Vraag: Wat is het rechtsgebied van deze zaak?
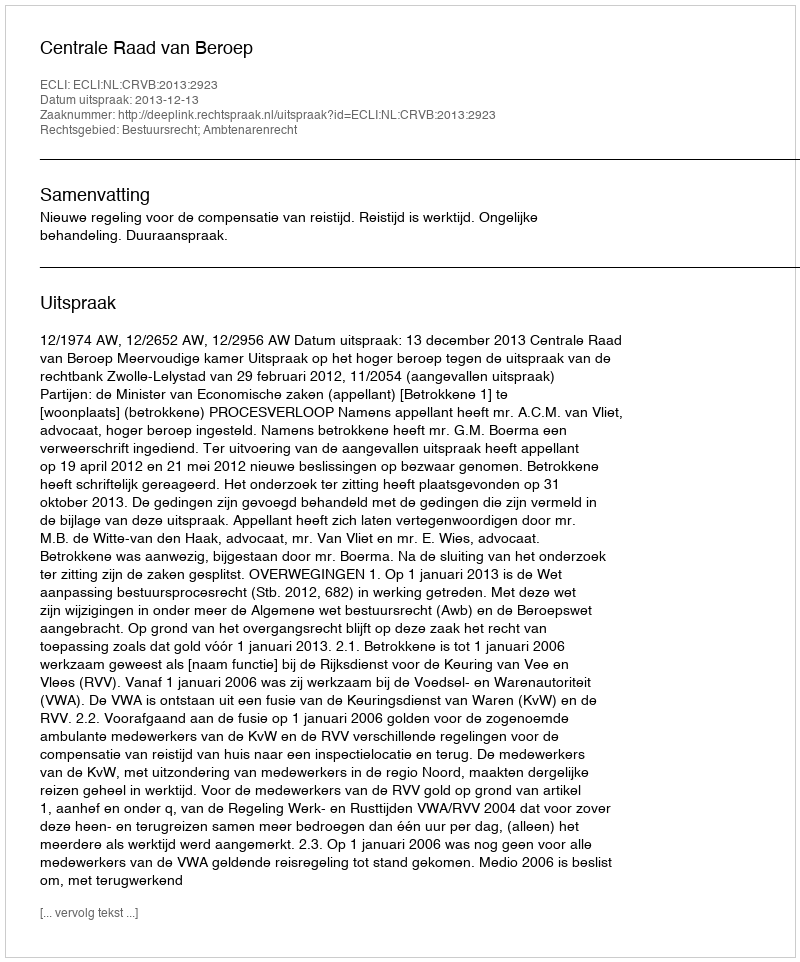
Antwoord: Bestuursrecht; Ambtenarenrecht